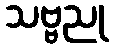
သဗ္ဗညု